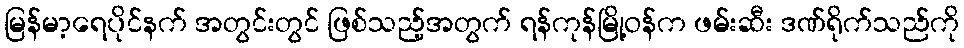
မြန်မာ့ရေပိုင်နက် အတွင်းတွင် ဖြစ်သည့်အတွက် ရန်ကုန်မြို့ဝန်က ဖမ်းဆီး ဒဏ်ရိုက်သည်ကို